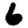
Digit: 6